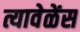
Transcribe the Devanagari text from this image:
त्यावेळेंस